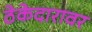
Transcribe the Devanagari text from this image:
ठेकेदारावर